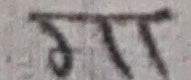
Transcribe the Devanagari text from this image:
गग्ग